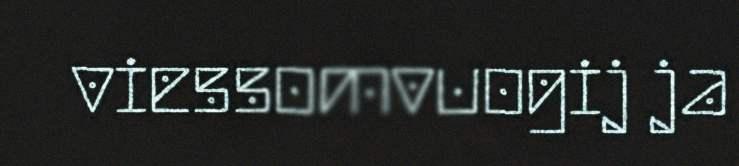
viessomvuogij ja